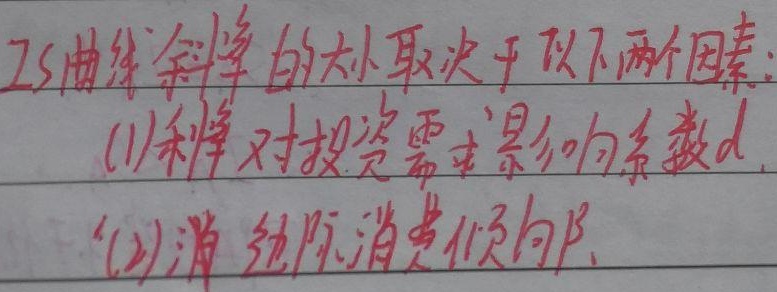
IS曲线斜率的大小取决于以下两个因素：
(1)利率对投资需求影响系数\(d\)。
(2)边际消费倾向\(\beta\)。